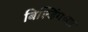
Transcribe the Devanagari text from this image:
बिल्डिंगच्या